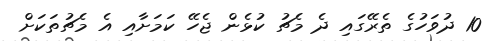
10 ދުވަހުގެ ތެރޭގައި ދެ މެޗު ކުޅެން ޖެހޭ ކަމަށާއި އެ މެޗުތަކަށް